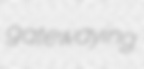
gatewaying